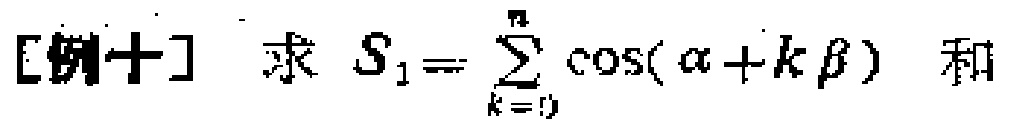
[例十] 求 \(S_{1}=\sum_{k = 0}^{n}\cos(\alpha + k\beta)\) 和